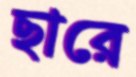
ছারে